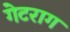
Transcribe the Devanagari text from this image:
गेटराग